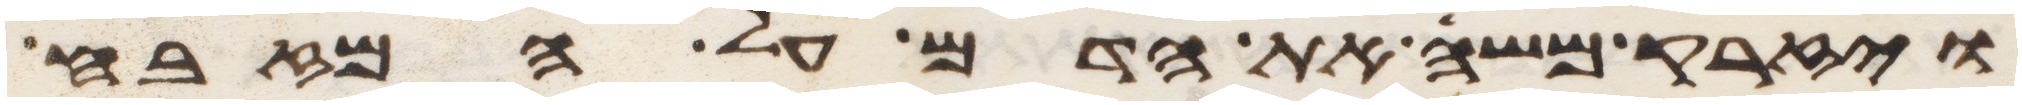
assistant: ויזרק משה את הדם על המזבח